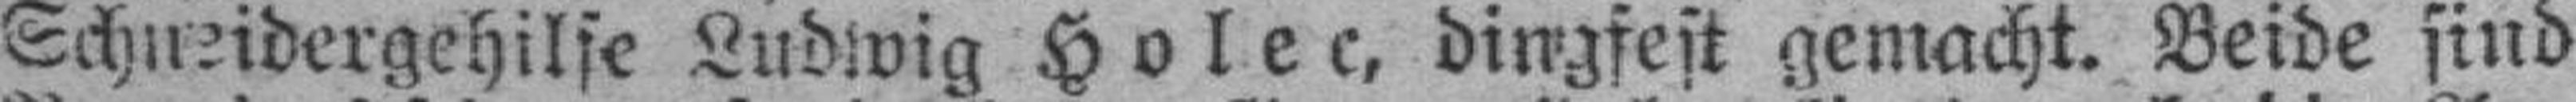
Schneidergehilse Ludwig Holec, dingfest gemacht. Beide sind